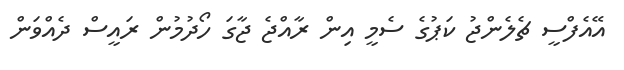
އޭއެފްސީ ޗެލެންޖު ކަޕުގެ ސެމީ އިން ރާއްޖެ ޖާގަ ހޯދުމުން ރައީސް ދެއްވަން